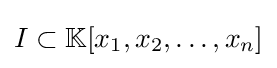
I\subset \mathbb {K} [x_{1},x_{2},\dotsc ,x_{n}]